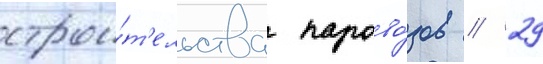
строи́т'ельства парово́зов // 29